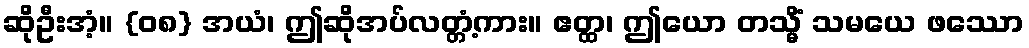
ဆိုဦးအံ့။ {၀၈} အယံ၊ ဤဆိုအပ်လတ္တံ့ကား။ ဧတ္ထ၊ ဤယော တသ္မိံ သမယေ ဖဿော